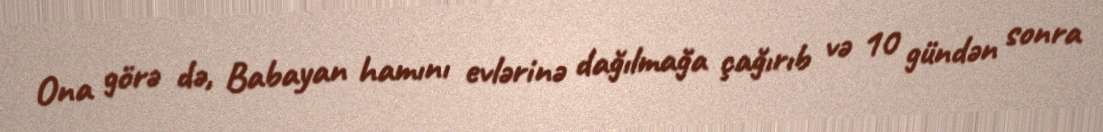
Ona görə də, Babayan hamını evlərinə dağılmağa çağırıb və 10 gündən sonra